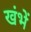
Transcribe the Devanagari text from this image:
खंभें